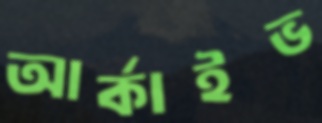
আর্কাইভ